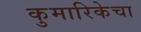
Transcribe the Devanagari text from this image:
कुमारिकेचा